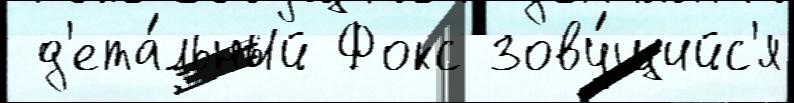
 д'ета́льный Фокс зову́щийс'я